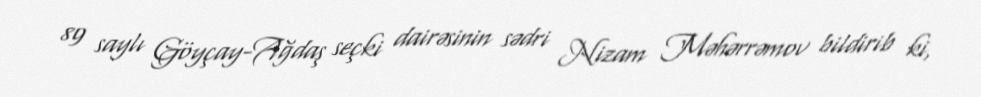
89 saylı Göyçay-Ağdaş seçki dairəsinin sədri Nizam Məhərrəmov bildirib ki,